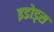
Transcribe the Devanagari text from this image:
इडोड्स